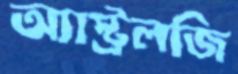
অ্যাস্ট্রলজি